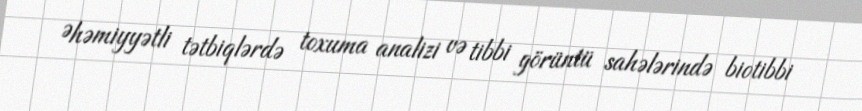
Əhəmiyyətli tətbiqlərdə toxuma analizi və tibbi görüntü sahələrində biotibbi